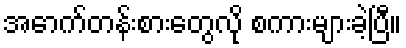
အောက်တန်းစားတွေလို စကားများခဲ့ပြီ။